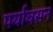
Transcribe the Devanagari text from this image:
पर्यावसन